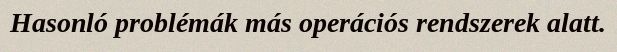
Hasonló problémák más operációs rendszerek alatt.